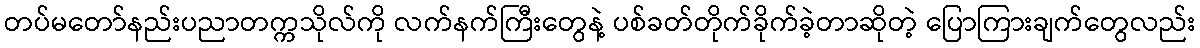
တပ်မတော်နည်းပညာတက္ကသိုလ်ကို လက်နက်ကြီးတွေနဲ့ ပစ်ခတ်တိုက်ခိုက်ခဲ့တာဆိုတဲ့ ပြောကြားချက်တွေလည်း